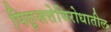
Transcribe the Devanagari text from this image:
पितृसत्तेविरोधातील